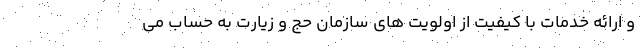
و ارائه خدمات با کیفیت از اولویت های سازمان حج و زیارت به حساب می